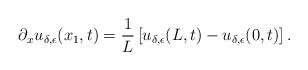
LaTeX: \begin{align*}\partial_xu_{\delta,\epsilon}(x_1,t)=\frac{1}{L}\left[u_{\delta,\epsilon}(L,t)-u_{\delta,\epsilon}(0,t)\right].\end{align*}